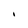
Character: I